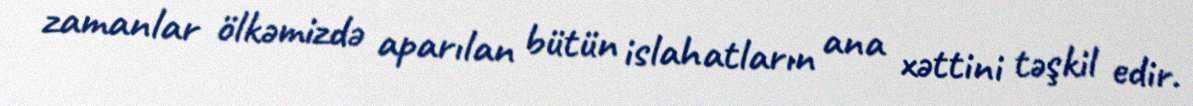
zamanlar ölkəmizdə aparılan bütün islahatların ana xəttini təşkil edir.